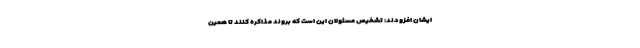
ایشان افزودند: تشخیص مسئولان این است که بروند مذاکره کنند تا همین